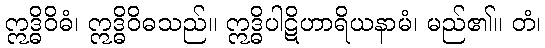
ဣဒ္ဓိဝိဓံ၊ ဣဒ္ဓိဝိဓသည်။ ဣဒ္ဓိပါဋိဟာရိယနာမံ၊ မည်၏။ တံ၊